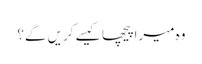
وہ میرا پیچھا کیسے کریں گے؟